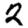
Digit: 2